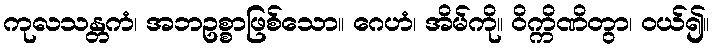
ကုလသန္တကံ၊ အဘဥစ္စာဖြစ်သော။ ဂေဟံ၊ အိမ်ကို။ ဝိက္ကိဏိတွာ၊ ဝယ်၍။